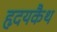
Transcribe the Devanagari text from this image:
हृदयकैथ